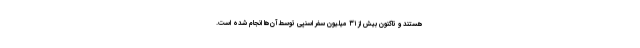
هستند و تاکنون بیش از ۳۱ میلیون سفر اسنپی توسط آن‌ها انجام شده است.